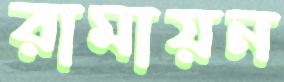
রামায়ন